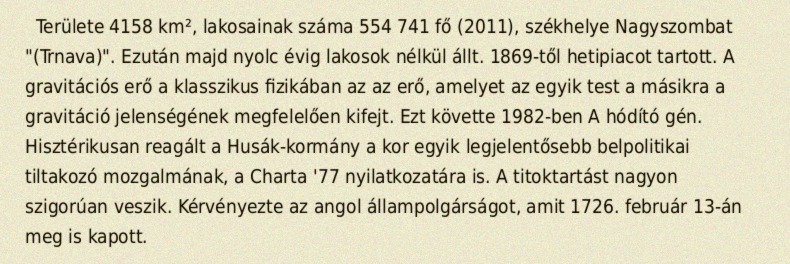
Területe 4158 km², lakosainak száma 554 741 fő (2011), székhelye Nagyszombat "(Trnava)". Ezután majd nyolc évig lakosok nélkül állt. 1869-től hetipiacot tartott. A gravitációs erő a klasszikus fizikában az az erő, amelyet az egyik test a másikra a gravitáció jelenségének megfelelően kifejt. Ezt követte 1982-ben A hódító gén. Hisztérikusan reagált a Husák-kormány a kor egyik legjelentősebb belpolitikai tiltakozó mozgalmának, a Charta '77 nyilatkozatára is. A titoktartást nagyon szigorúan veszik. Kérvényezte az angol állampolgárságot, amit 1726. február 13-án meg is kapott.